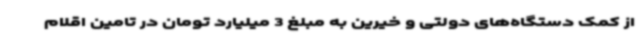
از کمک دستگاه‌های دولتی و خیرین به مبلغ 3 میلیارد تومان در تامین اقلام